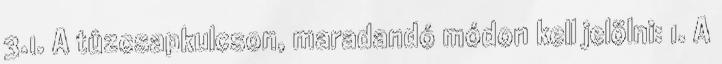
3.1. A tûzcsapkulcson, maradandó módon kell jelölni: 1. A